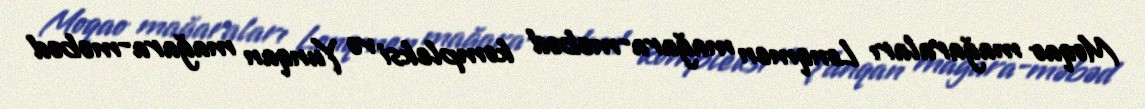
Moqao mağaraları Lonqmen mağara-məbəd kompleksi və Yunqan mağara-məbəd